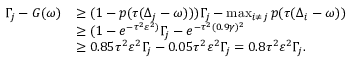
\begin{array} { r l } { \Gamma _ { j } - G ( \omega ) } & { \geq ( 1 - p ( \tau ( \Delta _ { j } - \omega ) ) ) \Gamma _ { j } - \operatorname* { m a x } _ { i \neq j } p ( \tau ( \Delta _ { i } - \omega ) ) } \\ & { \geq ( 1 - e ^ { - \tau ^ { 2 } \varepsilon ^ { 2 } ) } \Gamma _ { j } - e ^ { - \tau ^ { 2 } ( 0 . 9 \gamma ) ^ { 2 } } } \\ & { \geq 0 . 8 5 \tau ^ { 2 } \varepsilon ^ { 2 } \Gamma _ { j } - 0 . 0 5 \tau ^ { 2 } \varepsilon ^ { 2 } \Gamma _ { j } = 0 . 8 \tau ^ { 2 } \varepsilon ^ { 2 } \Gamma _ { j } . } \end{array}